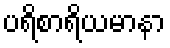
ပရိစာရိယမာနာ